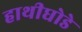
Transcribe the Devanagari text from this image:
हाथीघोडे